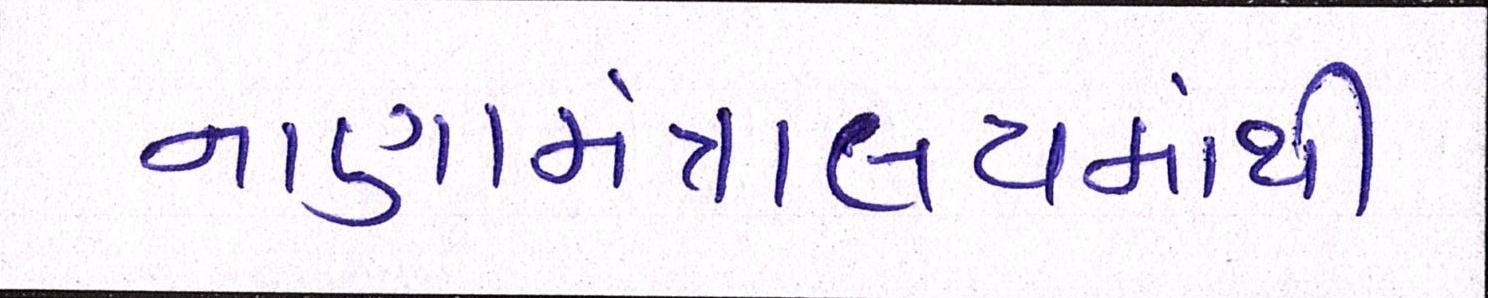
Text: નાણામંત્રાલયમાંથી